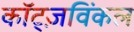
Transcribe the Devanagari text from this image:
कॉट्ज़विंकल